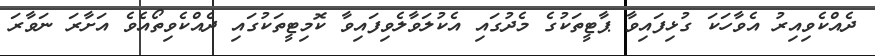
ދެއްކެވިއިރު އެވާހަކަ ގުޅިފައިވާ ޕާޓީތަކުގެ މެދުގައި އެކުލަވާލެވިފައިވާ ކޮމިޓީތަކުގައި ދެއްކެވިތޯއެވެ އަށާރަ ނަވާރަ